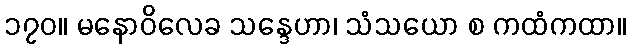
၁၇၀။ မနောဝိလေခ သန္ဒေဟာ၊ သံသယော စ ကထံကထာ။